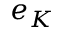
e _ { K }